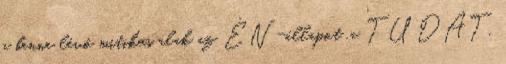
a benne lévő mitikus alak az ÉN-állapot .a TUDAT,